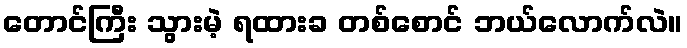
တောင်ကြီး သွားမဲ့ ရထားခ တစ်စောင် ဘယ်လောက်လဲ။